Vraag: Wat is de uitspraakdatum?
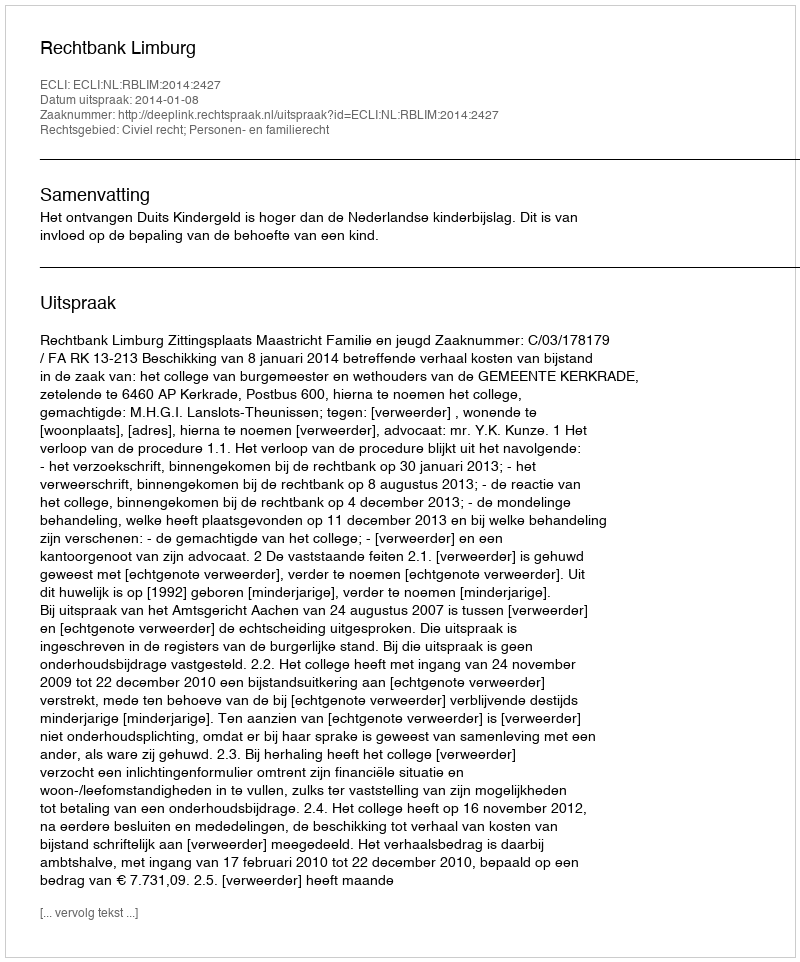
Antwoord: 2014-01-08